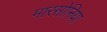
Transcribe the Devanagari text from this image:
मारसोनिया